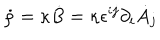
\dot { \rho } = \kappa \dot { B } = \kappa \epsilon ^ { i j } \partial _ { i } \dot { A } _ { j }